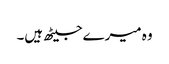
وہ میرے جیٹھ ہیں۔